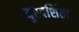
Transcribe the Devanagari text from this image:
दूरदर्शिता